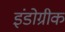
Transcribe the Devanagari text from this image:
इंडोग्रीक